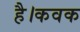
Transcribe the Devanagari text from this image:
है।कवक